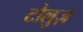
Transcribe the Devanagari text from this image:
टोलुज़